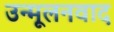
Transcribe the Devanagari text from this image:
उन्मूलनवाद